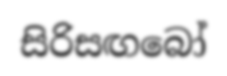
සිරිසඟබෝ